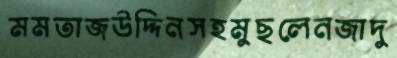
মমতাজউদ্দিনসহমুছলেনজাদু